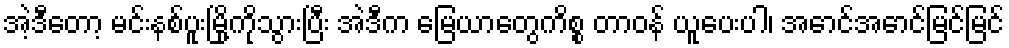
အဲ့ဒီတော့ မင်းနစ်ပူးမြို့ကိုသွားပြီး အဲဒီက မြေယာတွေကိစ္စ တာဝန် ယူပေးပါ၊ အောင်အောင်မြင်မြင်